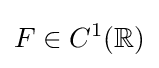
F\in C^{1}(\mathbb {R} )